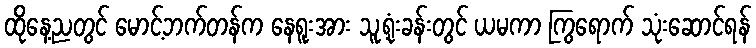
ထိုနေ့ညတွင် မောင့်ဘက်တန်က နေရူးအား သူ့ရုံးခန်းတွင် ယမကာ ကြွရောက် သုံးဆောင်ရန်